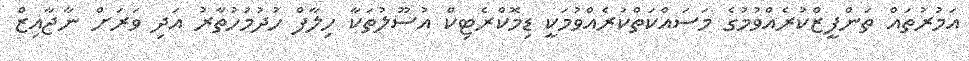
އަމުރުތައް ތަންފީޒްކުރެއްވުމުގެ މަސައްކަތްކުރެއްވުމަކީ ޑިމޮކްރެޓިކް އުސޫލުތަކާ ހިލާފް ހުދުމުހުތާރު އަދި ވަރަށް ނާޖާއިޒް